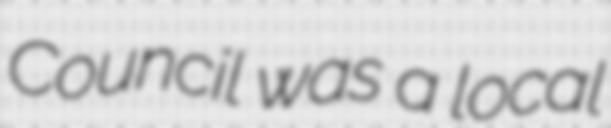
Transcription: Council was a local